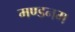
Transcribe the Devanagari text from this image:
मण्‍डनम